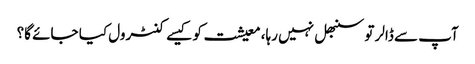
آپ سے ڈالر تو سنبھل نہیں رہا، معیشت کو کیسے کنٹرول کیا جائے گا؟